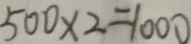
5 0 0 \times 2 = 1 0 0 0